Report on plague in the Punjab from October 1st ... to September 30th ..., being the ... season of plague in the province
Disease focus: Plague
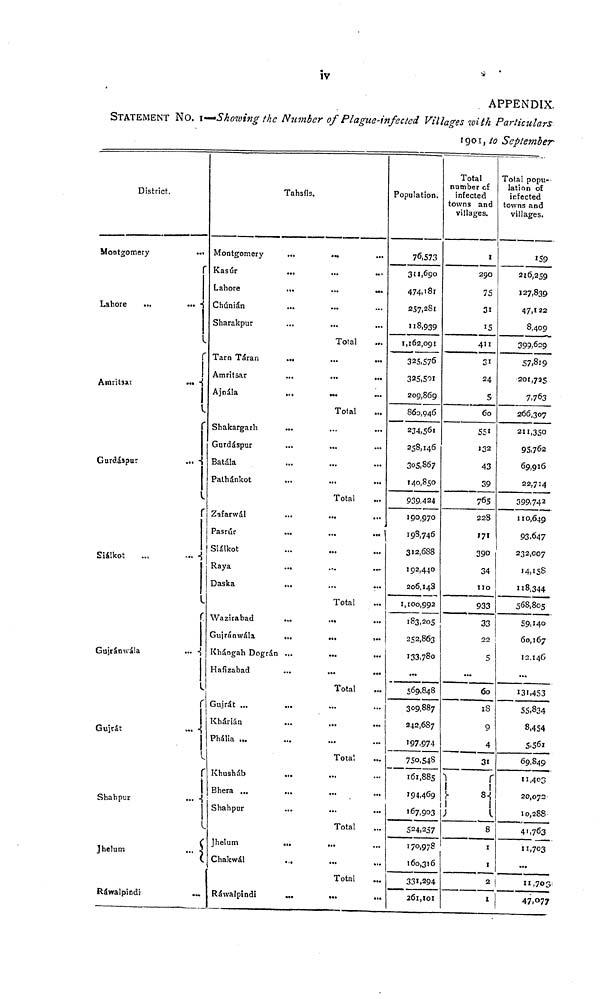
iv
APPENDIX.
STATEMENT NO. 1—Showing the Number of Plague-infected Villages with Particulars
1901, to September
District.
Montgomery
Lahore
...
Gurdáspur
Siálkot
Gujránwála
Gujrát
thelum
Rawalpindi
...
...
...
...
Tahsfls.
Montgomery ...
Kasur
...
Lahore
...
Chúnián
...
Sharakpur
Tarn Taran
Amritsar ...
Ajnála
...
Shakargarh
...
Gurdáspur ...
Bátala ...
Pathánkot ...
...
Zafarwál ...
Pasrúr ...
Siálkot ...
Raya
...
Daska ...
Wazirabad ...
Gujránwála
...
Khángah Dográn ...
Hafizabad ...
...
' Gujrát ...
Khárián
Phália ...
Khusháb
Bhera ... ...
Shahpur
Jhelum
. Chakwál ... ...
Rawalpindi
...
...
...
...
•••
•••
...
...
Total
...
... ...
... ...
Total
...
...
...
...
Total
...
... ...
... ...
... ...
... ...
Total
... ...
...
...
...
Total
...
...
...
Total
...
...
Total
...
...
Total
...
Population.
76,573
311,690
474,181
257,281
118,939
1,162,091
325,576
325,501
209,869
860,946
234,561
258,146
305,867
140,850
939 424
190,970
198,746
312,688
192,440
206,14s
1,100,992
183,205
252,863
133,780
...
569.848
309,887
242,687
197,974
75o,548
161,885
194,469
167,903
524,257
170,978
160,310
331 ,292
..
261,10]
Total
number of
infected
towns and
villages.
1
290
75
31
15
411
31
24
5
60
551
132
43
39
765
228
171
390
34
110
933
33
22
5
...
60
1S
9
4
31
8
1-
Total popu-
lation of
infected
towns and
villages.
159
216,259
127,839
47,122
8,409
399,629
57.819
201,725
7,763
266,307
211,350
95,762
69,916
22,714
399,742
110,649
93,647
232,007
14,158
118,344
568,805
59,140
60,167
12,146
...
131,453
55,834
8,454
5.561
69,849
11403
20,072
10,288
5
41,763
11,703
1
2
11,703
1
47.°77